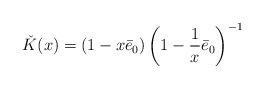
LaTeX: \begin{align*} \check K(x)=(1-x\bar e_0)\left(1-\frac1x\bar e_0\right)^{-1}\end{align*}